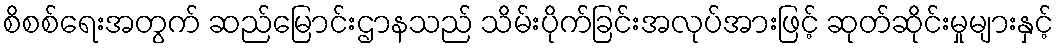
စိစစ်ရေးအတွက် ဆည်မြောင်းဌာနသည် သိမ်းပိုက်ခြင်းအလုပ်အားဖြင့် ဆုတ်ဆိုင်းမှုများနှင့်